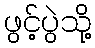
ဖွင့်ပွဲသို့